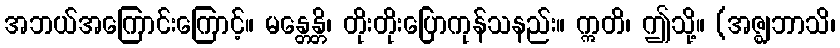
အဘယ်အကြောင်းကြောင့်။ မန္တေန္တိ၊ တိုးတိုးပြောကုန်သနည်း။ ဣတိ၊ ဤသို့။ (အဇ္ဈဘာသိ၊